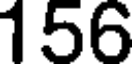
156